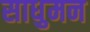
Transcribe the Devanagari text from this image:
साधुमन